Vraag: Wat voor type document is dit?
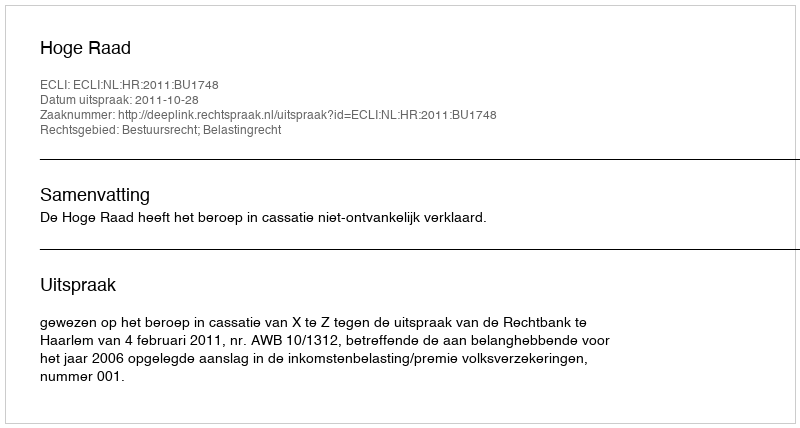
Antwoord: Uitspraak